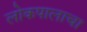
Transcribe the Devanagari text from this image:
लोकपालाचा